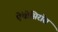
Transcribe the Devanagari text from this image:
ऐंथोसिरॉस